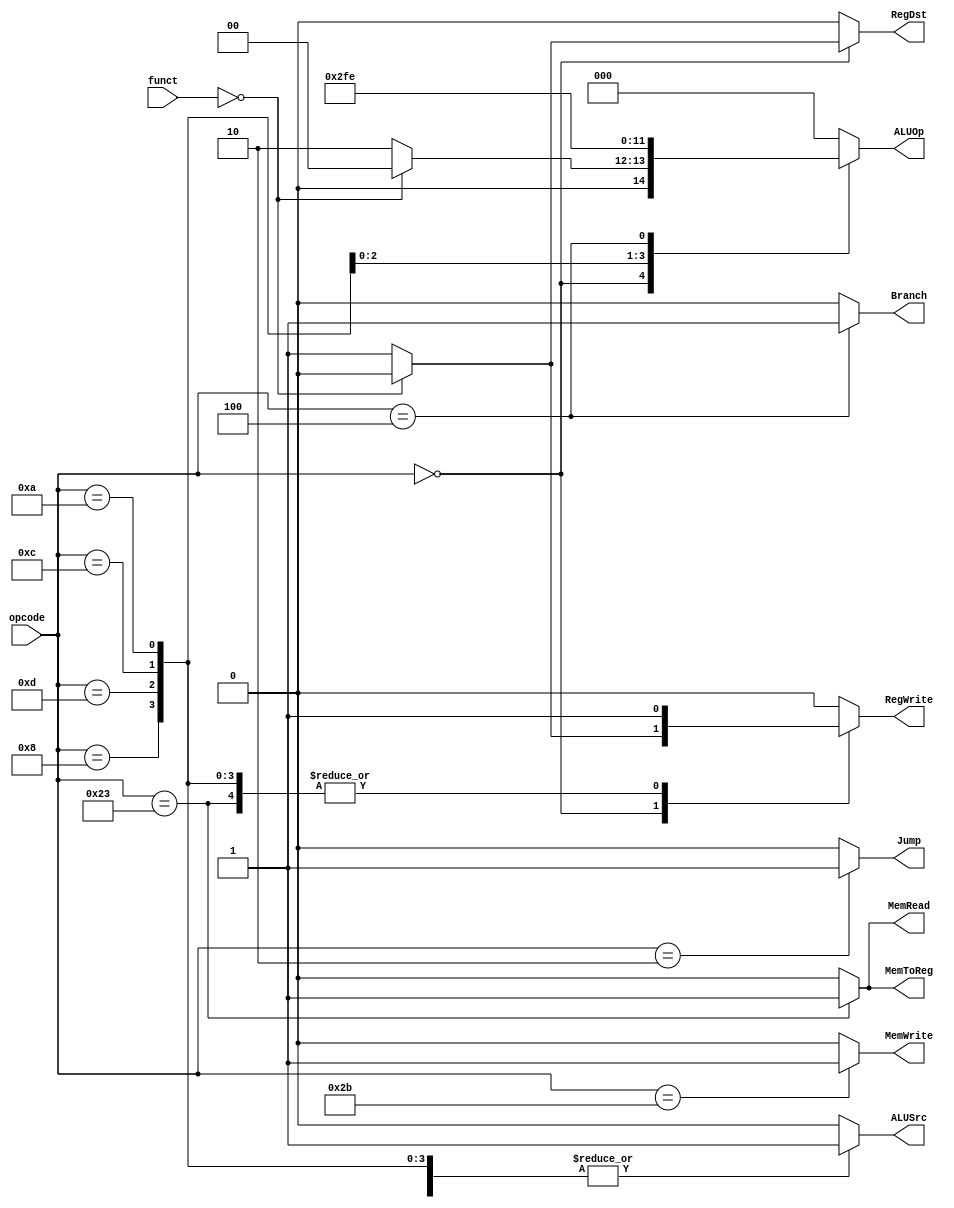
module ControlUnit(
 input [5:0] opcode,
 input [5:0] funct,
 output reg RegDst,
 output reg Jump,
 output reg Branch,
 output reg MemRead,
 output reg MemToReg,
 output reg [2:0] ALUOp,
 output reg MemWrite,
 output reg ALUSrc,
 output reg RegWrite
);

 always @(*) begin
     RegDst = 0;
     Jump = 0;
     Branch = 0;
     MemRead = 0;
     MemToReg = 0;
     ALUOp = 3'b000;
     MemWrite = 0;
     ALUSrc = 0;
     RegWrite = 0;
     case (opcode)
         6'b000000: begin // tipo R
            if (funct == 6'b000000) begin // nop
            end else begin
                RegDst = 1;
                RegWrite = 1;
                ALUOp = 3'b010;
            end
        end
         6'b001000: begin // addi
             ALUSrc = 1;
             RegWrite = 1;
             ALUOp = 3'b000;
         end
         6'b001101: begin // ori
             ALUSrc = 1;
             RegWrite = 1;
             ALUOp = 3'b001;
         end
         6'b001100: begin // andi
             ALUSrc = 1;
             RegWrite = 1;
             ALUOp = 3'b011;
         end
         6'b001010: begin // slti
             ALUSrc = 1;
             RegWrite = 1;
             ALUOp = 3'b111;
         end
         6'b100011: begin // lw
             ALUSrc = 1;
             MemToReg = 1;
             RegWrite = 1;
             MemRead = 1;
             ALUOp = 3'b000;
         end
         6'b101011: begin // sw
             ALUSrc = 1;
             MemWrite = 1;
             ALUOp = 3'b000;
         end
         6'b000100: begin // beq
             Branch = 1;
             ALUOp = 3'b110;
         end
         6'b000010: begin // j
             Jump = 1;
         end
         default: begin
             // mantener todas las seales en 0
         end
     endcase
 end
endmodule